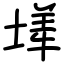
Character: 㙚